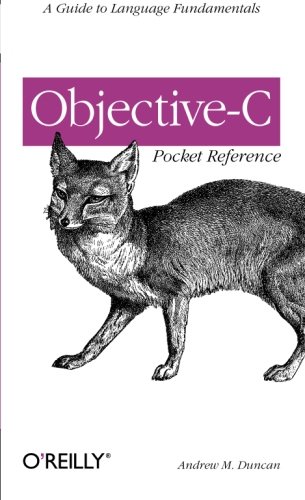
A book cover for Objective-C Pocket Reference; Andrew Duncan; Computers & Technology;